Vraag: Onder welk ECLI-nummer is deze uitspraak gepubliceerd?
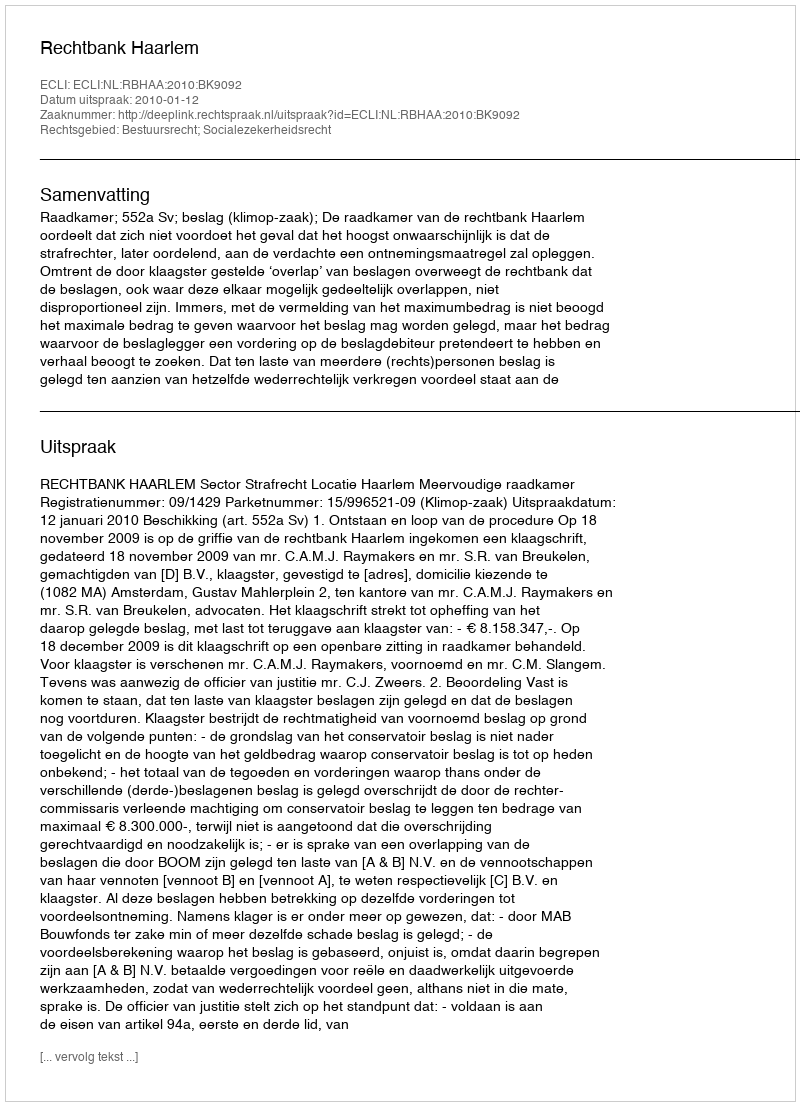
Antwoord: ECLI:NL:RBHAA:2010:BK9092